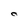
Character: O